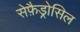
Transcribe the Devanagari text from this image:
सेफ़ैड्रोसिल